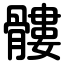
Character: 髏